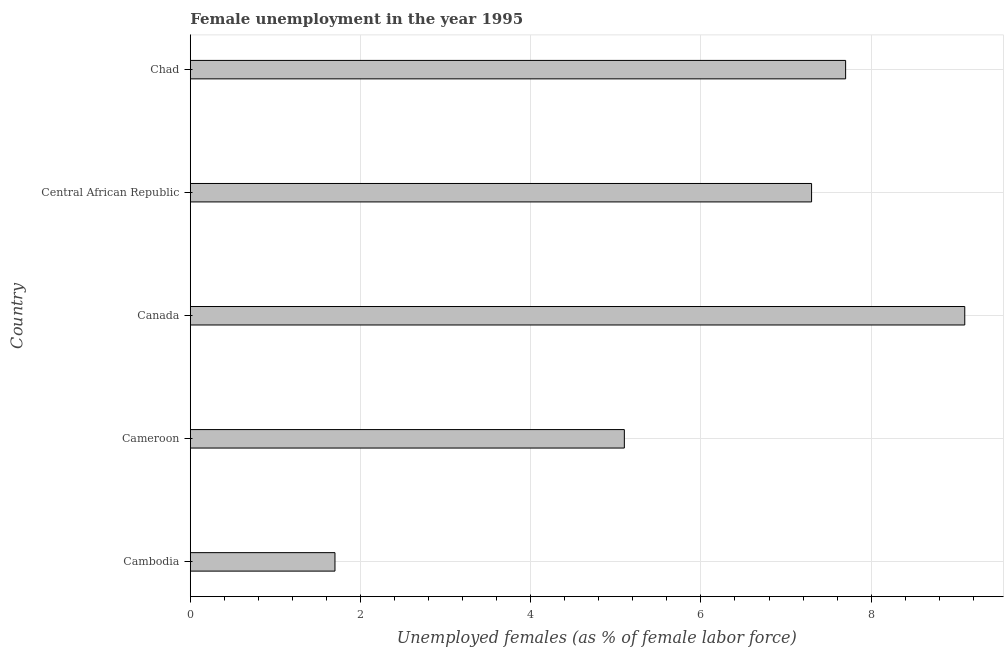
| Country | Unemployment |
 | --- | --- |
 | Cambodia | 1.7 |
 | Cameroon | 5.1 |
 | Canada | 9.1 |
 | Central African Republic | 7.3 |
 | Chad | 7.7 |